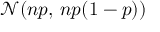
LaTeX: { \mathcal { N } } ( n p , \, n p ( 1 - p ) )